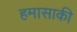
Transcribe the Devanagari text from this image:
हमासाकी